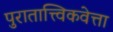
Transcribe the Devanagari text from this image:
पुरातात्त्विकवेत्ता